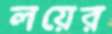
লয়ের